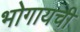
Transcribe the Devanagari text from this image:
भोगायची